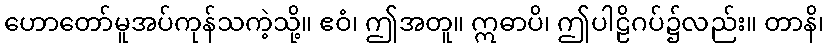
ဟောတော်မူအပ်ကုန်သကဲ့သို့။ ဧဝံ၊ ဤအတူ။ ဣဓာပိ၊ ဤပါဠိဂပ်၌လည်း။ တာနိ၊